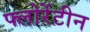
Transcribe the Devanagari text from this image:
फ्लोरेंटीन